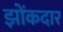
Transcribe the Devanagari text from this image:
झोंकदार